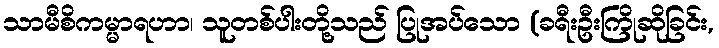
သာမီစိကမ္မာရဟာ၊ သူတစ်ပါးတို့သည် ပြုအပ်သော (ခရီးဦးကြိုဆိုခြင်း,